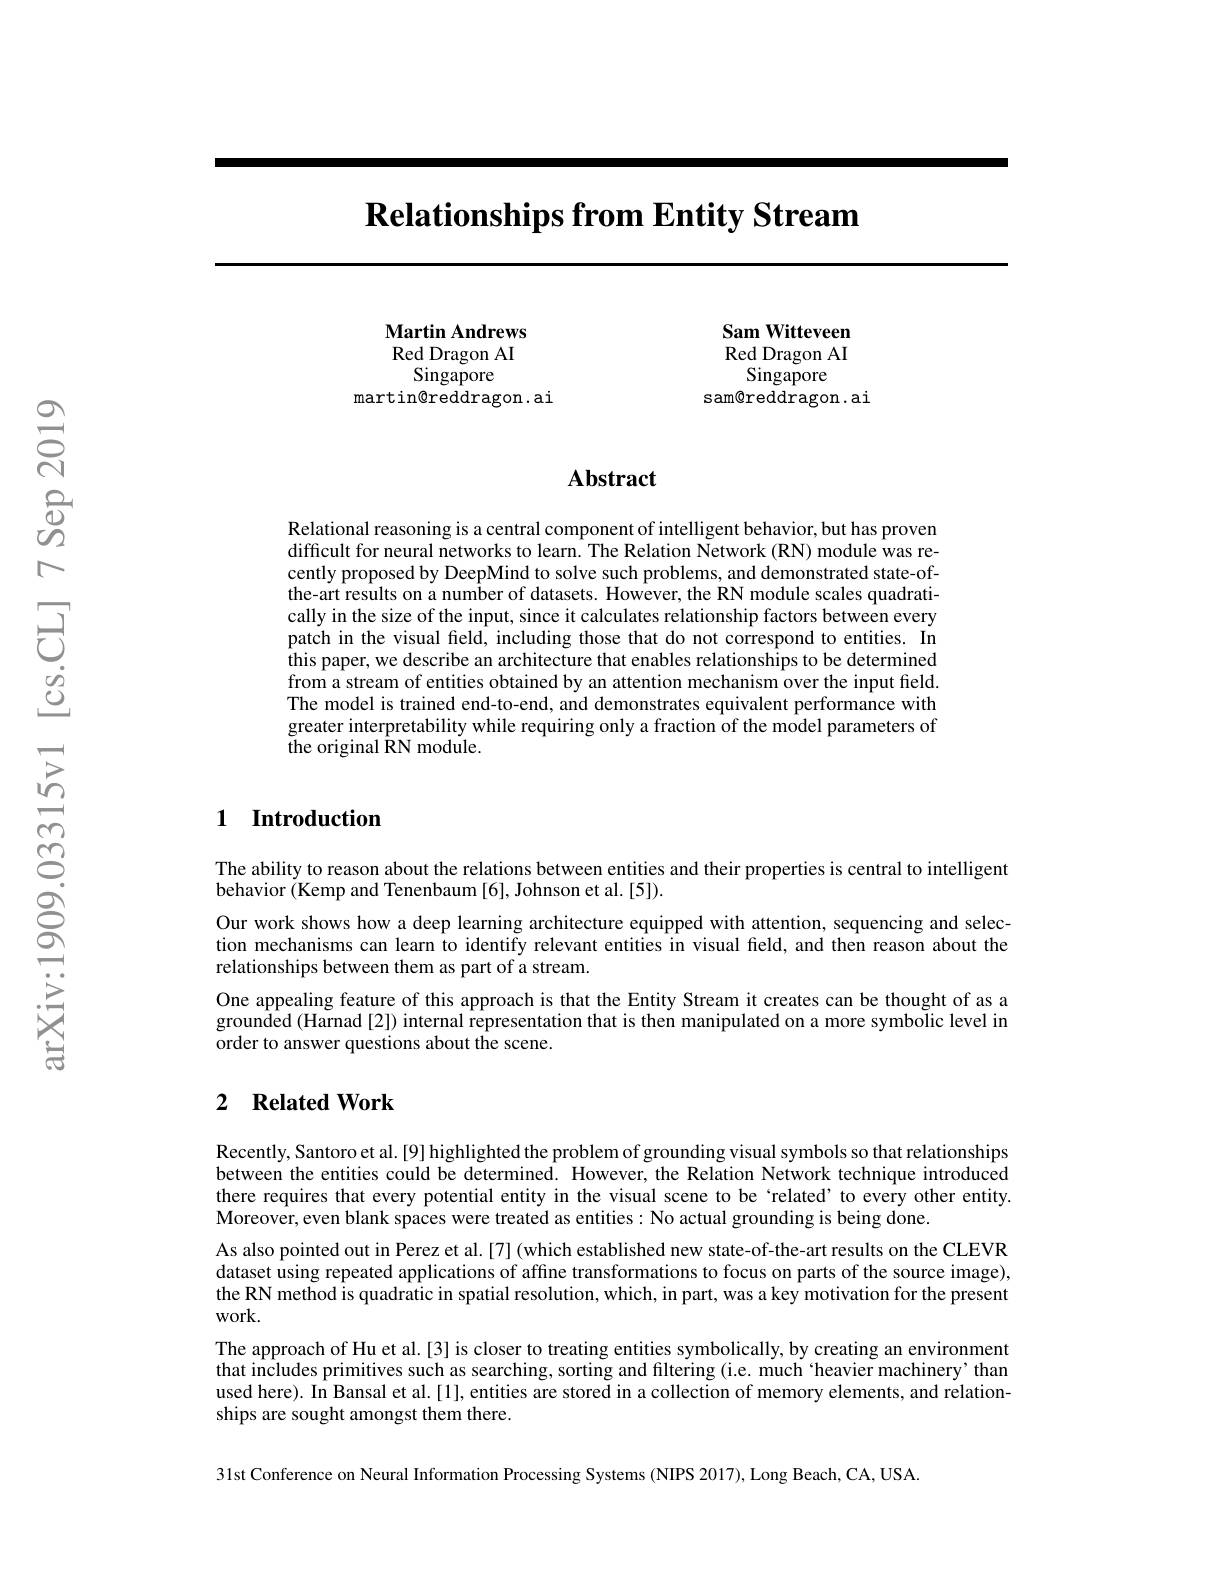
$\textbf{Relationships from Entity Stream}$

Sam Witteveen Red Dragon AI
Singapore
sam@reddragon.ai

Martin Andrews Red Dragon AI $\operatorname{Singapore}$
martin@reddragon. ai

### $\mathbf{Abstract}$

Relational reasoning is a central component of intelligent behavior, but has proven difficult for neural networks to learn. The Relation Network (RN) module was recently proposed by DeepMind to solve such problems, and demonstrated state-ofthe-art results on a number of datasets. However, the RN module scales quadratically in the size of the input, since it calculates relationship factors between every patch in the visual field, including those that do not correspond to entities. In this paper, we describe an architecture that enables relationships to be determined from a stream of entities obtained by an attention mechanism over the input field. The model is trained end-to-end, and demonstrates equivalent performance with greater interpretability while requiring only a fraction of the model parameters of the original $\bar{\mathrm{RN}}$ module.

## 1 Introduction

The ability to reason about the relations between entities and their properties is central to intelligent
behavior (Kemp and Tenenbaum [6], Johnson et al. [5]).
Our work shows how a deep learning architecture equipped with attention, sequencing and selection mechanisms can learn to identify relevant entities in visual feld, and then reason about the relationships between them as part of a stream.
One appealing feature of this approach is that the Entity Stream it creates can be thought of as a grounded (Harnad [2]) internal representation that is then manipulated on a more symbolic level in order to answer questions about the scene.

## 2 $\textbf{Related Work}$

Recently, Santoro et al. [9] highlighted the problem of grounding visual symbols so that relationships between the entities could be determined. However, the Relation Network technique introduced there requires that every potential entity in the visual scene to be `related' to every other entity. $\hat{\text{Moreover, even blank spaces were treated as entities: No actual grounding is being done.}}$
As also pointed out in Perez et al.[7] (which established new state-of-the-art results on the CLEVR dataset using repeated applications of affine transformations to focus on parts of the source image), the RN method is quadratic in spatial resolution, which, in part, was a key motivation for the present work.
The approach of Hu et al.[3] is closer to treating entities symbolically, by creating an environment that includes primitives such as searching, sorting and filtering (i.e. much ‘heavier machinery’than used here). In Bansal et al.[1], entities are stored in a collection of memory elements, and relationships are sought amongst them there.

31st Conference on Neural Information Processing Systems (NIPS 2017), Long Beach, CA, USA.